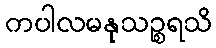
ကပါလမနုသဉ္စရသိ